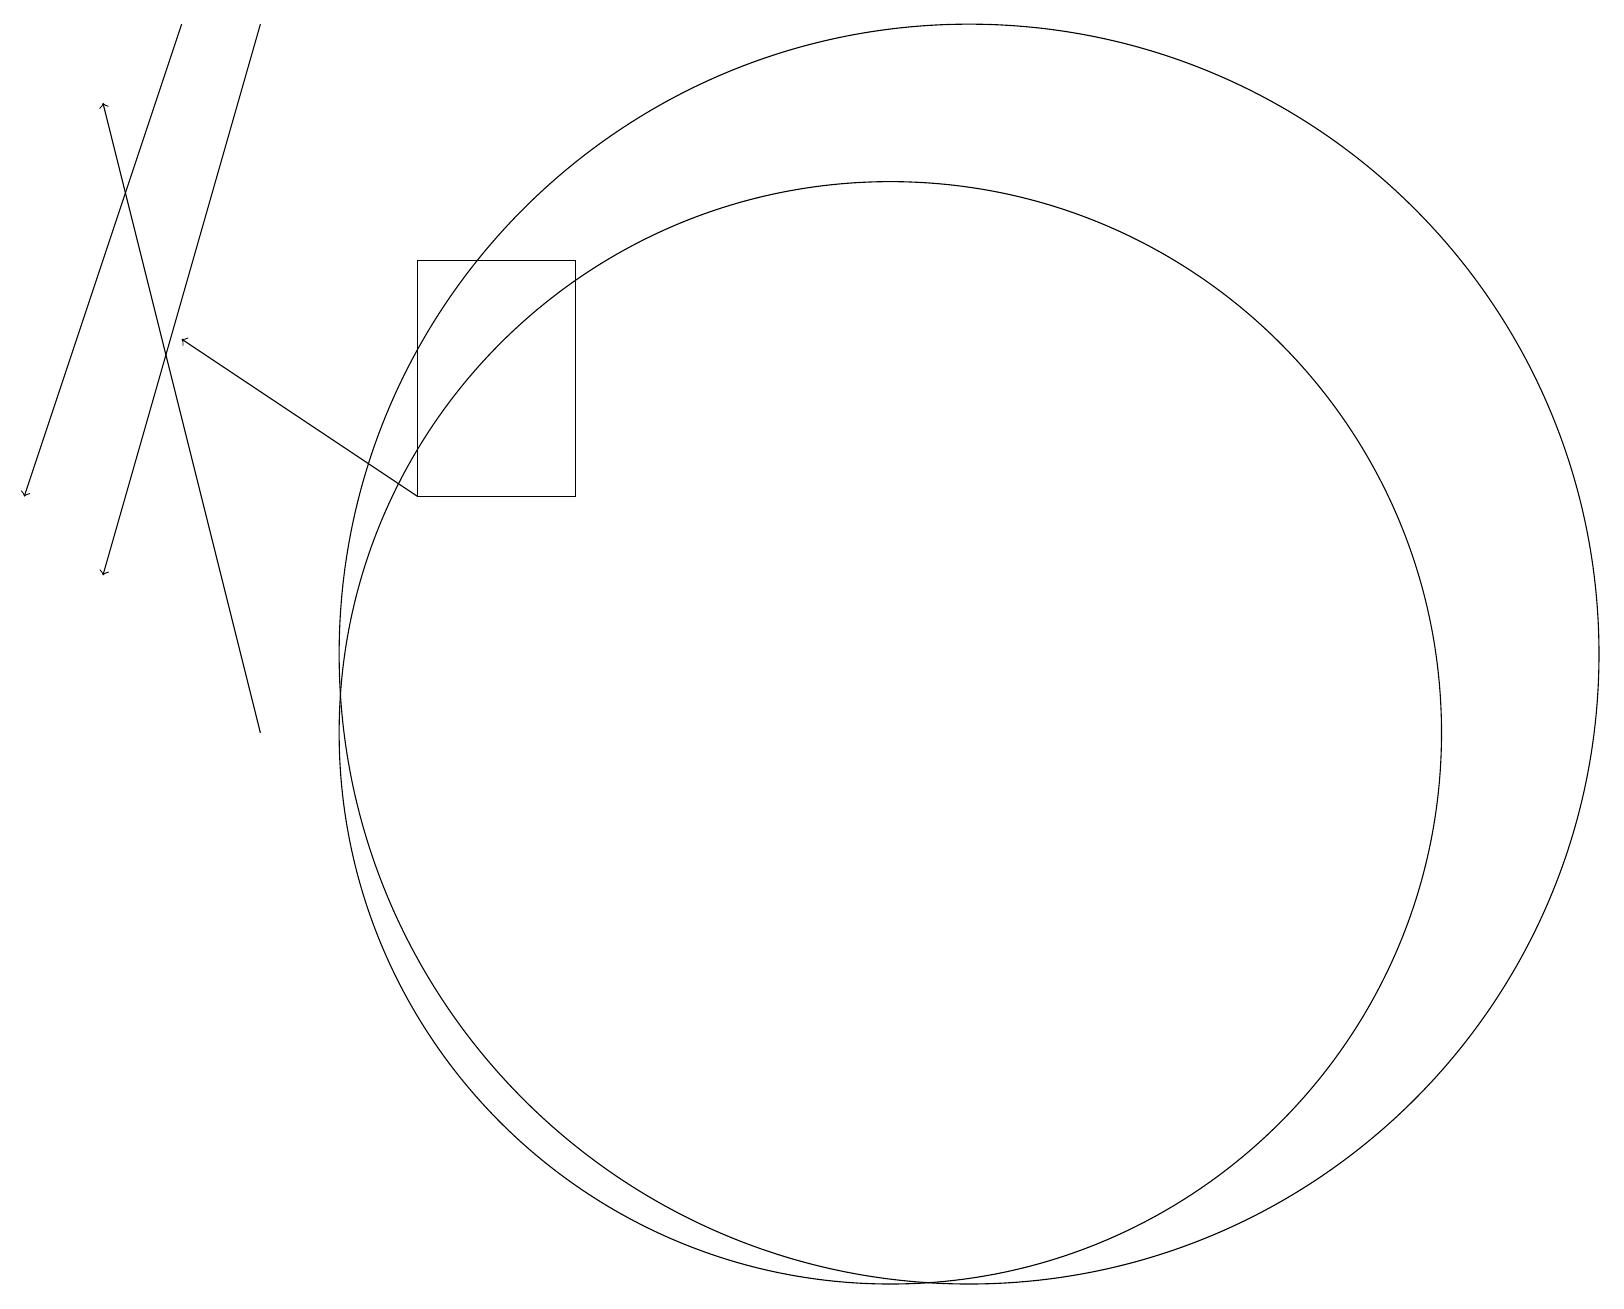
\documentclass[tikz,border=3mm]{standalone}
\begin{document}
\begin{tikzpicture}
\draw[->] (5,13) -- (2,15);
\draw (12,11) circle (8);
\draw[->] (3,19) -- (1,12);
\draw (11,10) circle (7);
\draw[->] (2,19) -- (0,13);
\draw (5,16) rectangle (7,13);
\draw[->] (3,10) -- (1,18);
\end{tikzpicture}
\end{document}